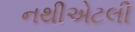
નથીએટલી